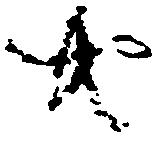
共